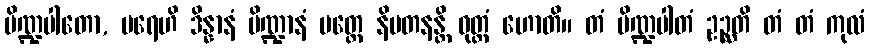
ပိဏ္ဍပါတော, ပရေဟိ ဒိန္နာနံ ပိဏ္ဍာနံ ပတ္တေ နိပတနန္တိ ဝုတ္တံ ဟောတိ။ တံ ပိဏ္ဍပါတံ ဥဉ္ဆတိ တံ တံ ကုလံ